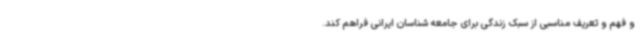
و فهم و تعریف مناسبی از سبک زندگی برای جامعه شناسان ایرانی فراهم کند.